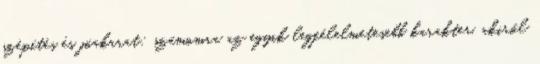
szépítés és jóakarat: számomra az egyik legfélelmetesebb karakter, akiről